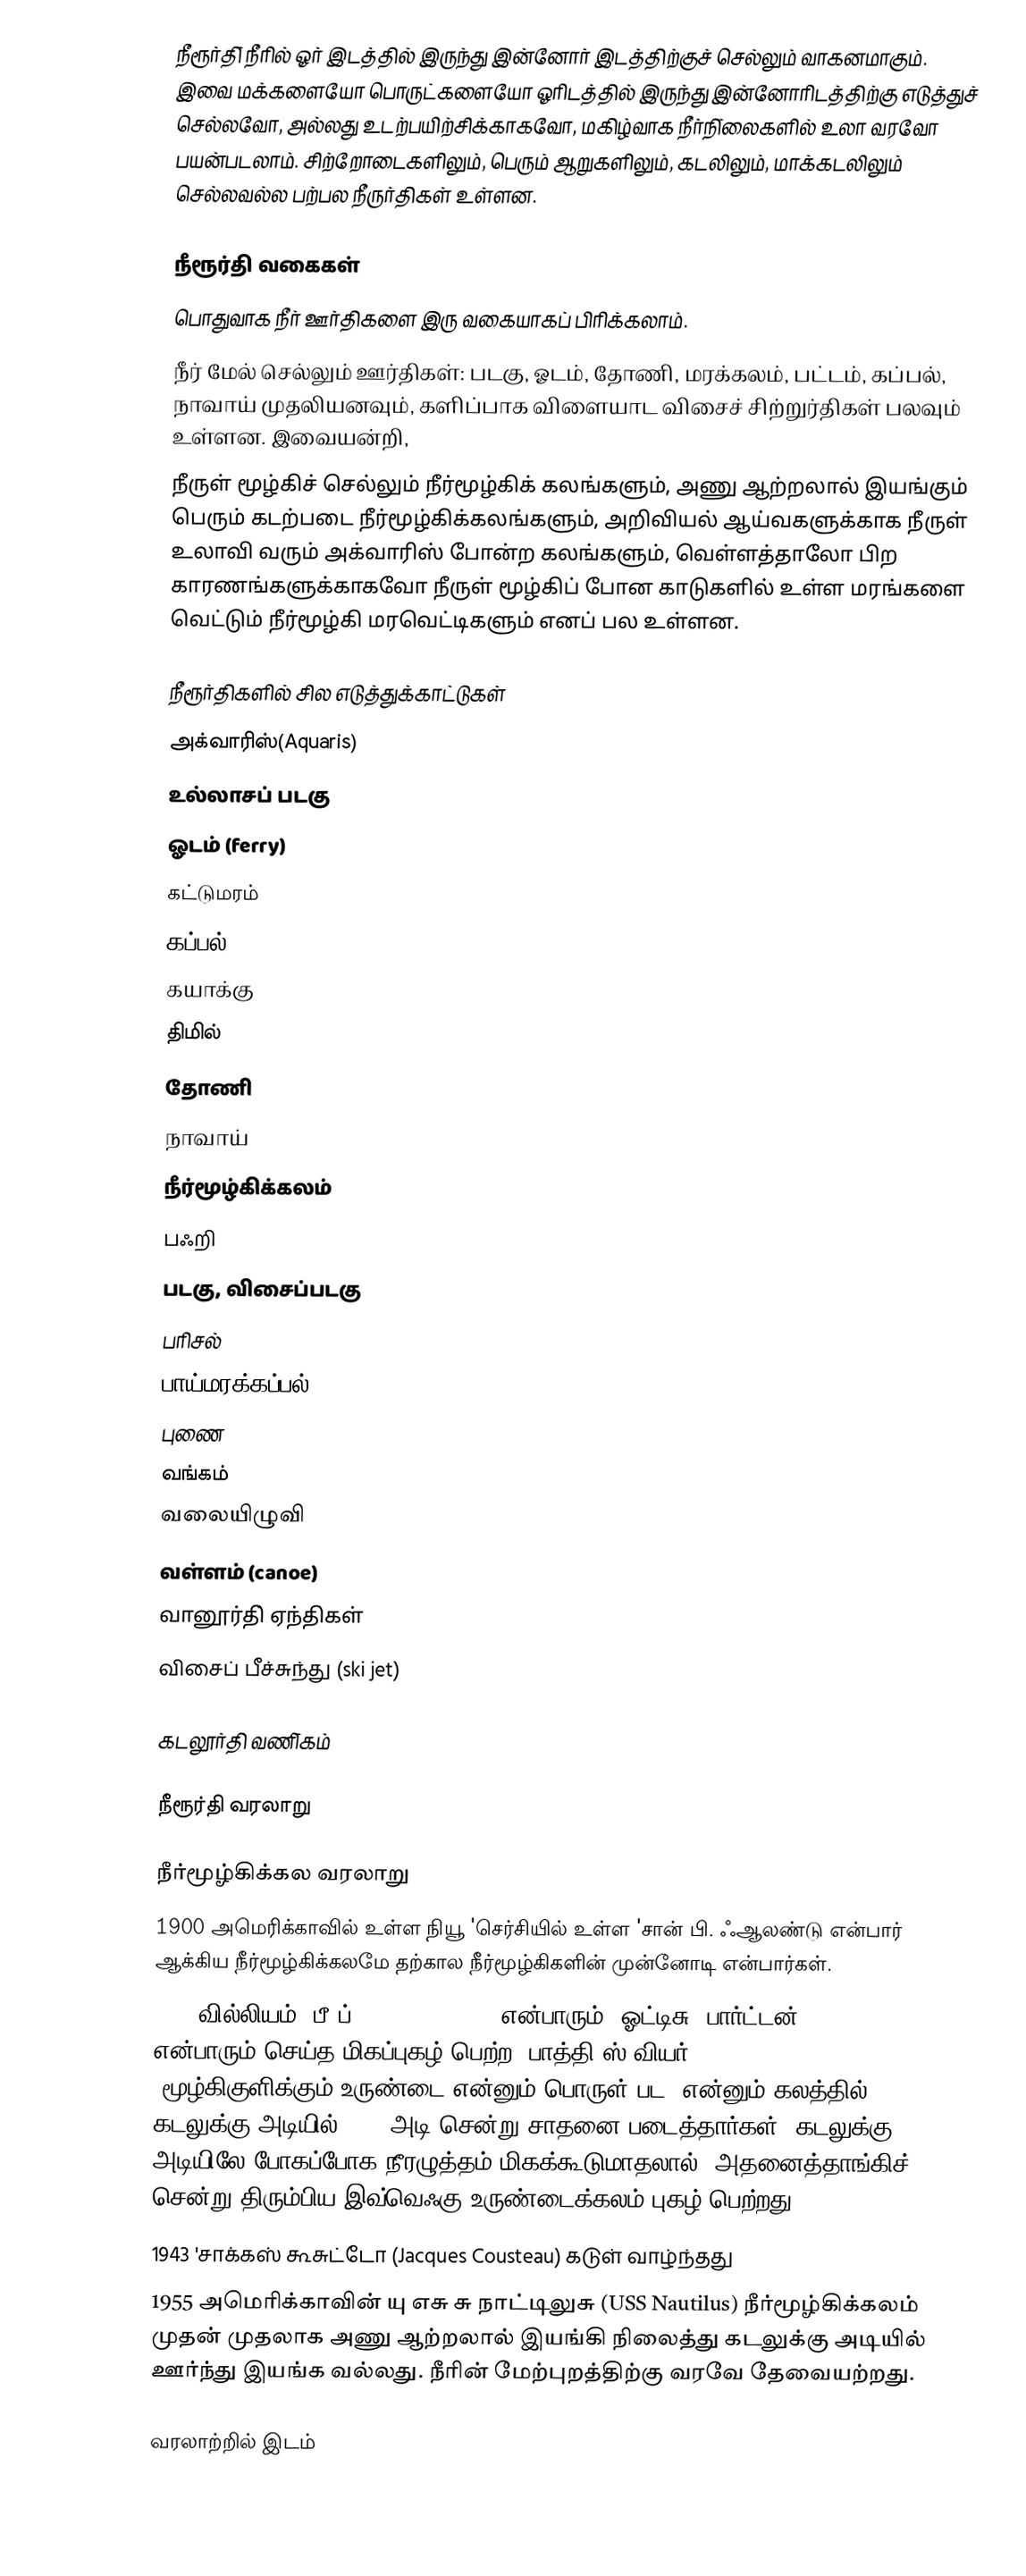
நீரூர்தி் நீரில் ஓர் இடத்தில் இருந்து இன்னோர் இடத்திற்குச் செல்லும் வாகனமாகும். இவை மக்களையோ பொருட்களையோ ஓரிடத்தில் இருந்து இன்னோரிடத்திற்கு எடுத்துச் செல்லவோ, அல்லது உடற்பயிற்சிக்காகவோ, மகிழ்வாக நீர்நி்லைகளில் உலா வரவோ பயன்படலாம். சிற்றோடைகளிலும், பெரும் ஆறுகளிலும், கடலிலும், மாக்கடலிலும் செல்லவல்ல பற்பல நீருர்திகள் உள்ளன.

நீரூர்தி வகைகள்
பொதுவாக  நீர் ஊர்திகளை இரு வகையாகப் பிரிக்கலாம்.
 நீர் மேல் செல்லும் ஊர்திகள்: படகு, ஓடம், தோணி, மரக்கலம், பட்டம், கப்பல், நாவாய் முதலியனவும், களிப்பாக விளையாட விசைச் சிற்றுர்திகள் பலவும் உள்ளன. இவையன்றி,
 நீருள் மூழ்கிச் செல்லும் நீர்மூழ்கிக் கலங்களும், அணு ஆற்றலால் இயங்கும் பெரும் கடற்படை நீர்மூழ்கிக்கலங்களும், அறிவியல் ஆய்வகளுக்காக நீருள் உலாவி வரும் அக்வாரிஸ் போன்ற கலங்களும், வெள்ளத்தாலோ பிற காரணங்களுக்காகவோ நீருள் மூழ்கிப் போன காடுகளில் உள்ள மரங்களை வெட்டும் நீர்மூழ்கி மரவெட்டிகளும் எனப் பல உள்ளன.

நீரூர்திகளில் சில எடுத்துக்காட்டுகள்
 அக்வாரிஸ்(Aquaris)
 உல்லாசப் படகு
 ஓடம் (ferry)
 கட்டுமரம்
 கப்பல்
 கயாக்கு
 திமில்
 தோணி
 நாவாய்
 நீர்மூழ்கிக்கலம்
 பஃறி
 படகு, விசைப்படகு
 பரிசல்
 பாய்மரக்கப்பல்
 புணை
 வங்கம்
 வலையிழுவி
 வள்ளம் (canoe)
 வானூர்தி் ஏந்திகள்
 விசைப் பீச்சுந்து (ski jet)

கடலூர்தி வணி்கம்

நீரூர்தி வரலாறு

நீர்மூழ்கிக்கல வரலாறு
 1900 அமெரிக்காவில் உள்ள நியூ 'செர்சியில் உள்ள 'சான் பி. ஃஆலண்டு என்பார் ஆக்கிய நீர்மூழ்கிக்கலமே தற்கால நீர்மூழ்கிகளின் முன்னோடி என்பார்கள்.
 1934 வில்லியம் 'பீ'ப் (William Beebe) என்பாரும், ஓட்டிசு 'பார்ட்டன் (Otis Barton) என்பாரும் செய்த மிகப்புகழ் பெற்ற 'பாத்தி ஸ்'வியர் (Bathysphere) (மூழ்கிகுளிக்கும் உருண்டை என்னும் பொருள் பட) என்னும் கலத்தில் கடலுக்கு அடியில் 3028 அடி சென்று சாதனை படைத்தார்கள். கடலுக்கு அடியிலே போகப்போக நீரழுத்தம் மிகக்கூடுமாதலால், அதனைத்தாங்கிச் சென்று திரும்பிய இவ்வெஃகு உருண்டைக்கலம் புகழ் பெற்றது.
 1943 'சாக்கஸ் கூசுட்டோ (Jacques Cousteau) கடுள் வாழ்ந்தது
 1955 அமெரிக்காவின் யு எசு சு நாட்டிலுசு (USS Nautilus) நீர்மூழ்கிக்கலம் முதன் முதலாக அணு ஆற்றலால் இயங்கி நிலைத்து கடலுக்கு அடியில் ஊர்ந்து இயங்க வல்லது. நீரின் மேற்புறத்திற்கு வரவே தேவையற்றது.

வரலாற்றில் இடம்